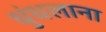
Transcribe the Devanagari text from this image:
धुंधलाना